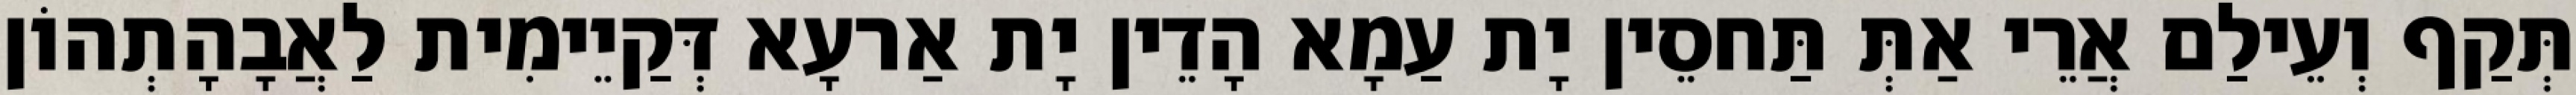
תְּקַף וְעֵילַם אֲרֵי אַתְּ תַּחסֵין יָת עַמָא הָדֵין יָת אַרעָא דְּקַיֵימִית לַאֲבָהָתְהוֹן